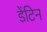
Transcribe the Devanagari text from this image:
डेंटिन